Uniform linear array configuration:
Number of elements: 32
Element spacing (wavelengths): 1
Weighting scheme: binomial
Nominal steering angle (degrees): -60
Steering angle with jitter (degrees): -58.129
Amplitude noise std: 0.05
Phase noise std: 0.05

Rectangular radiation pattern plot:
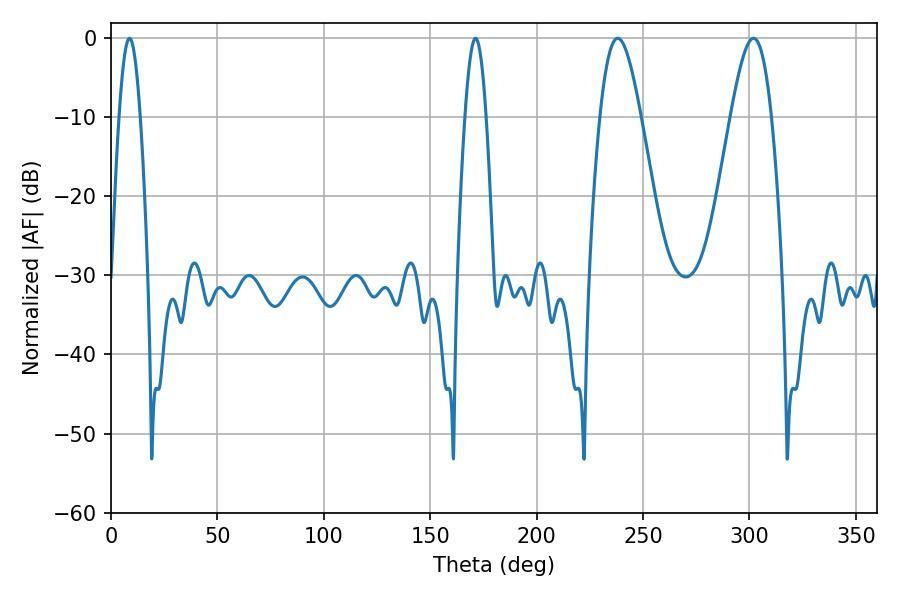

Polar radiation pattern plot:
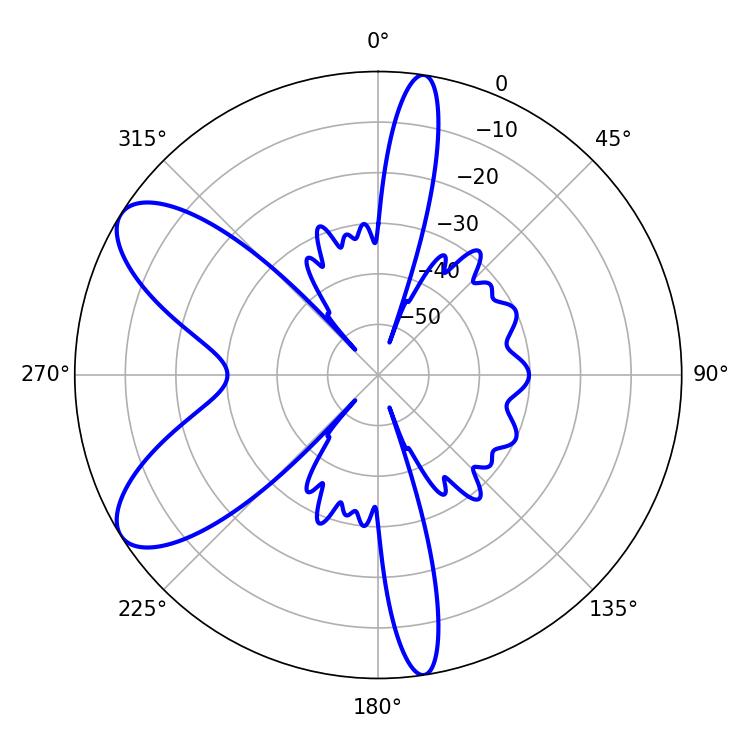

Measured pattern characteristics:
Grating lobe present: TRUE
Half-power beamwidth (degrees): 10.26
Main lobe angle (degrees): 238.14